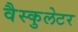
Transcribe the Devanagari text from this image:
वैस्कुलेटर